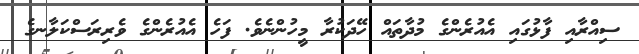
ސިއްރާއި ފާޅުގައި އެއުރެންގެ މުދާތައް ހޭދަކުރާ މީހުންނެވެ. ފަހެ އެއުރެންގެ ވެރިރަސްކަލާނގެ